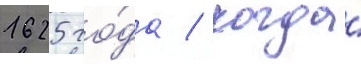
1625 го́да / когда́